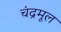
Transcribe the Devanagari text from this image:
चंद्रमूल